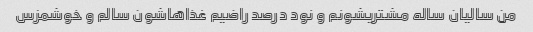
من سالیان ساله مشتریشونم و نود درصد راضیم غذاهاشون سالم و خوشمزس